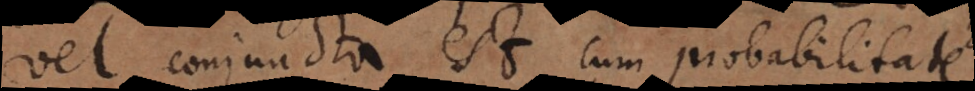
vel conjuncta est cum probabilitate